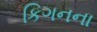
કિગનના